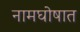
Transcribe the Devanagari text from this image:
नामघोषात